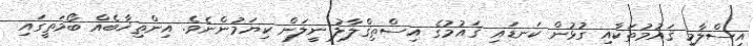
އިސްލާމީ ޤައުމުތަކާއި ގުޅުން ކަނޑައި ޤައުމުގެ އިސްތިޤްލާލު ނީލަން ކިޔަމުންނެވެ. އިންތިޚާބެއް ބޯމަތީގައި